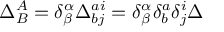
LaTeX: \Delta _ { B } ^ { A } = \delta _ { \beta } ^ { \alpha } \Delta _ { b j } ^ { a i } = \delta _ { \beta } ^ { \alpha } \delta _ { b } ^ { a } \delta _ { j } ^ { i } \Delta